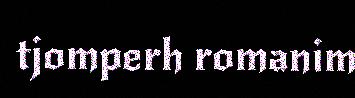
tjomperh romanim